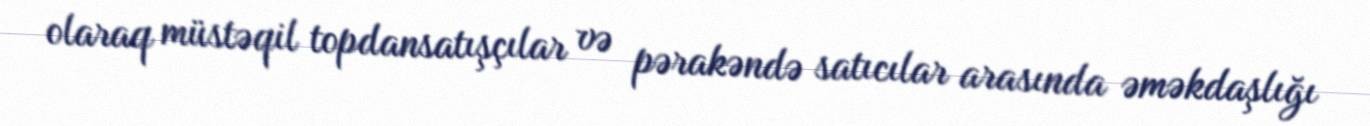
olaraq müstəqil topdansatışçılar və pərakəndə satıcılar arasında əməkdaşlığı